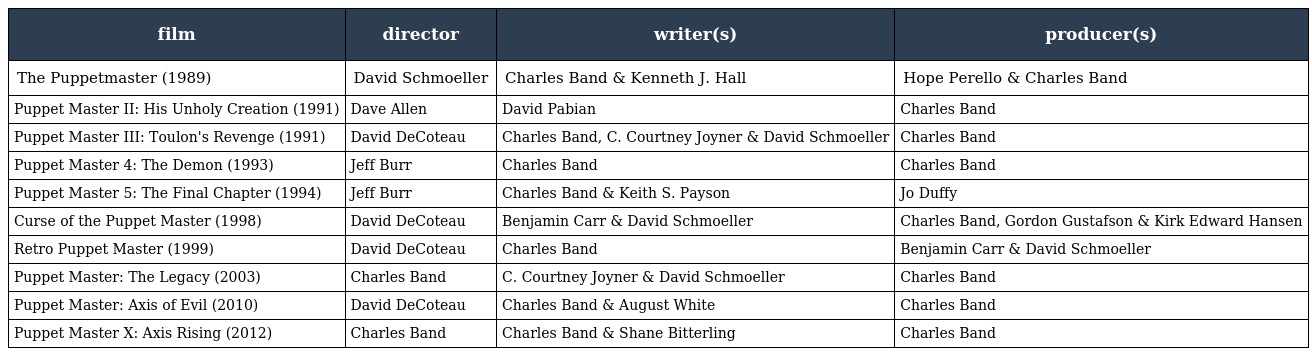
| film | director | writer(s) | producer(s) |
 | --- | --- | --- | --- |
 | The Puppetmaster (1989) | David Schmoeller | Charles Band & Kenneth J. Hall | Hope Perello & Charles Band |
 | Puppet Master II: His Unholy Creation (1991) | Dave Allen | David Pabian | Charles Band |
 | Puppet Master III: Toulon's Revenge (1991) | David DeCoteau | Charles Band, C. Courtney Joyner & David Schmoeller | Charles Band |
 | Puppet Master 4: The Demon (1993) | Jeff Burr | Charles Band | Charles Band |
 | Puppet Master 5: The Final Chapter (1994) | Jeff Burr | Charles Band & Keith S. Payson | Jo Duffy |
 | Curse of the Puppet Master (1998) | David DeCoteau | Benjamin Carr & David Schmoeller | Charles Band, Gordon Gustafson & Kirk Edward Hansen |
 | Retro Puppet Master (1999) | David DeCoteau | Charles Band | Benjamin Carr & David Schmoeller |
 | Puppet Master: The Legacy (2003) | Charles Band | C. Courtney Joyner & David Schmoeller | Charles Band |
 | Puppet Master: Axis of Evil (2010) | David DeCoteau | Charles Band & August White | Charles Band |
 | Puppet Master X: Axis Rising (2012) | Charles Band | Charles Band & Shane Bitterling | Charles Band |